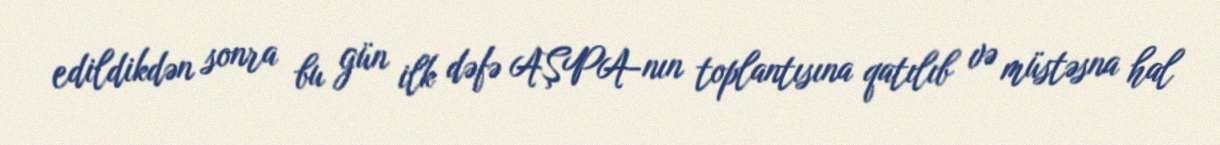
edildikdən sonra bu gün ilk dəfə AŞPA-nın toplantısına qatılıb və müstəsna hal